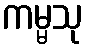
ကမ္မသု